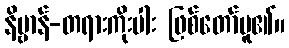
နိဗ္ဗာန်-တရားကိုးပါး ဖြစ်တော်မူ၏။